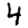
Digit: 4